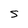
Character: S